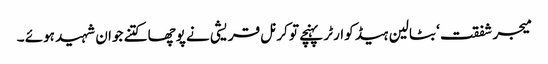
میجر شفقت ‘ بٹالین ہیڈ کوارٹر پہنچے تو کرنل قریشی نے پوچھا کتنے جوان شہید ہوئے ۔